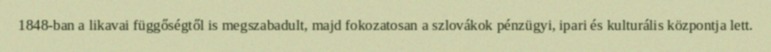
1848-ban a likavai függőségtől is megszabadult, majd fokozatosan a szlovákok pénzügyi, ipari és kulturális központja lett.